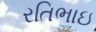
રતિભાઇ